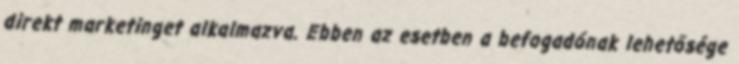
direkt marketinget alkalmazva. Ebben az esetben a befogadónak lehetősége